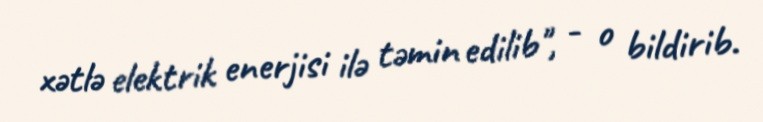
xətlə elektrik enerjisi ilə təmin edilib", - o bildirib.